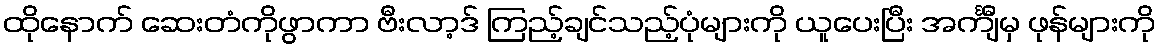
ထိုနောက် ဆေးတံကိုဖွာကာ ဗီးလာ့ဒ် ကြည့်ချင်သည့်ပုံများကို ယူပေးပြီး အင်္ကျီမှ ဖုန်များကို